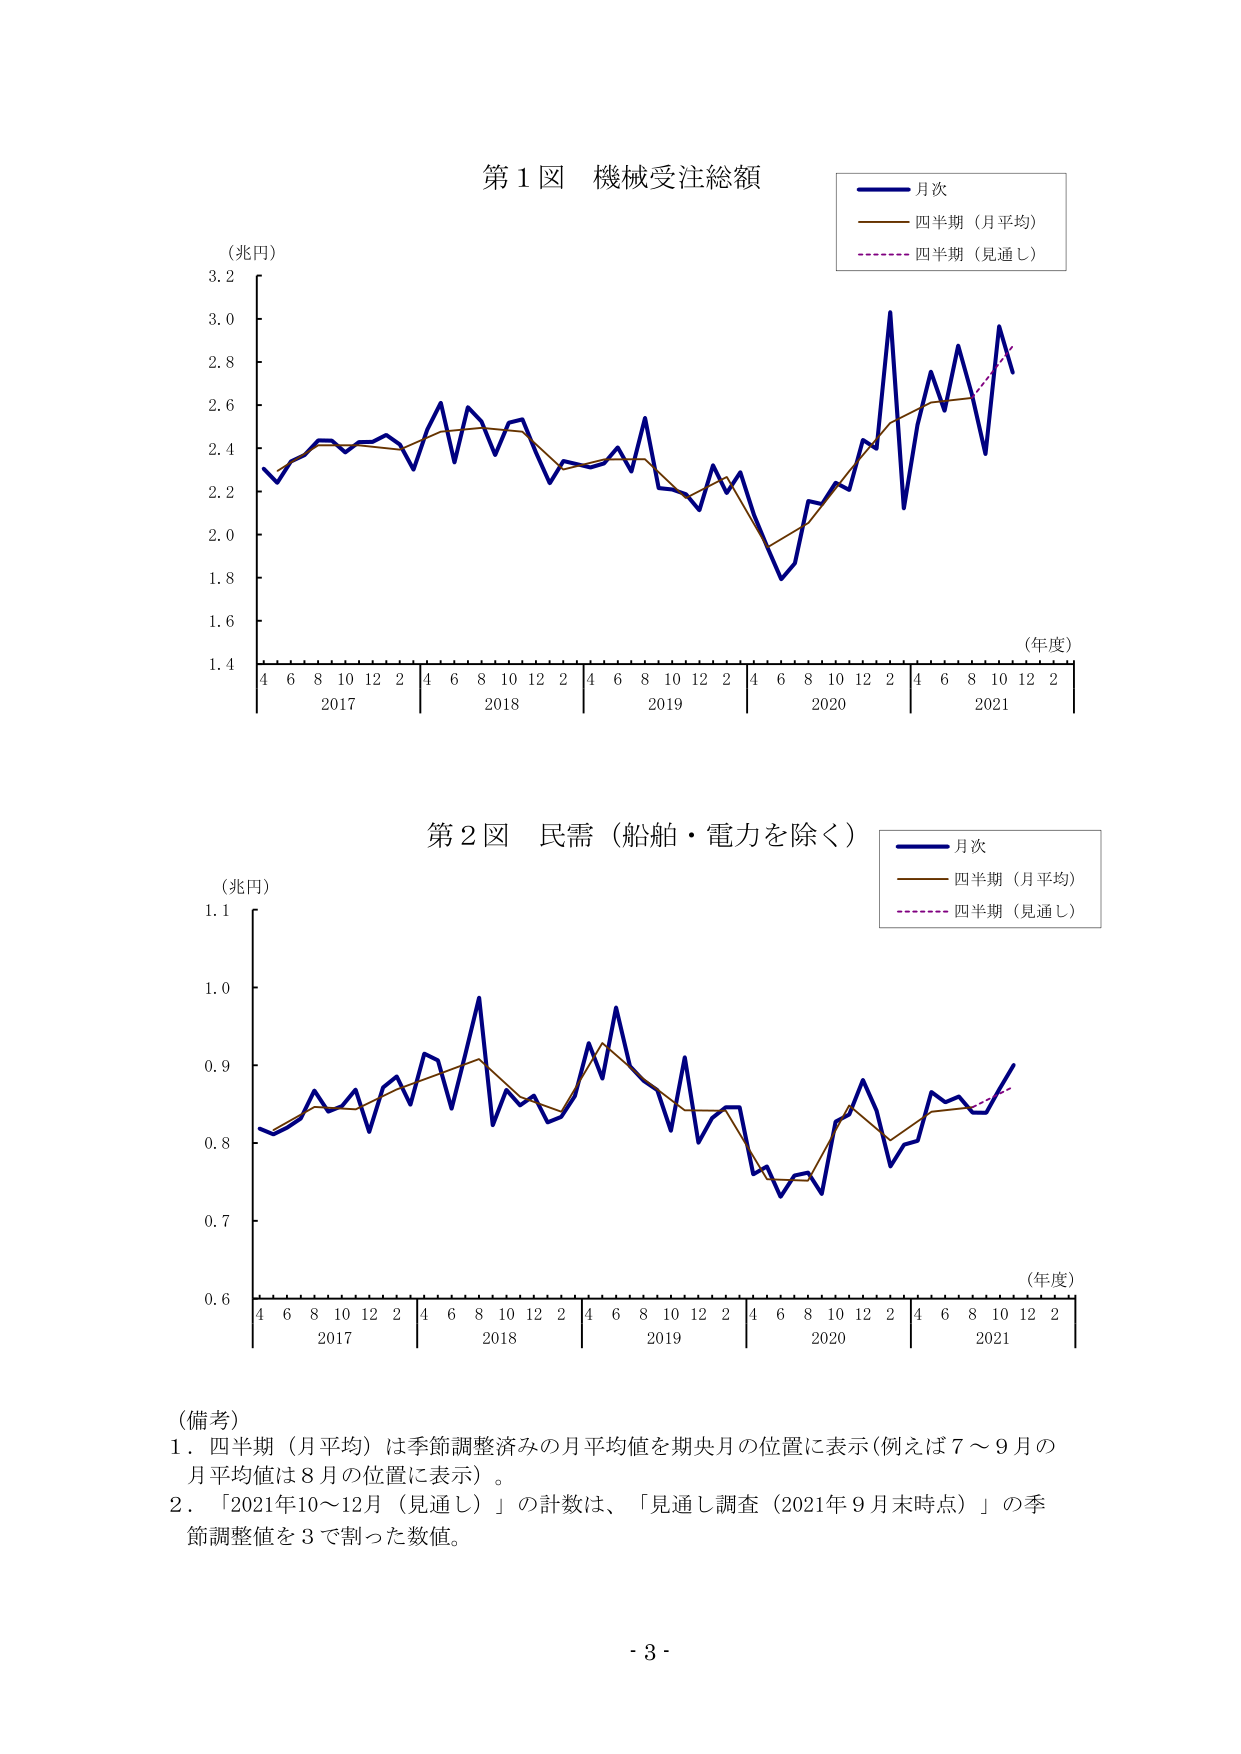
第１図 機械受注総額
（兆円）
3.2
3.0
2.8
2.6
2.4
2.2
2.0
1.8
1.6
1.4
4 6 8 10 12 2 4 6 8 10 12 2 4 6 8 10 12 2 4 6 8 10 12 2 4 6 8 10 12 2
2017 2018 2019 2020 2021
（年度）
月次
四半期（月平均）
四半期（見通し）

第２図 民需（船舶・電力を除く）
（兆円）
1.1
1.0
0.9
0.8
0.7
0.6
4 6 8 10 12 2 4 6 8 10 12 2 4 6 8 10 12 2 4 6 8 10 12 2 4 6 8 10 12 2
2017 2018 2019 2020 2021
（年度）
月次
四半期（月平均）
四半期（見通し）

（備考）
１．四半期（月平均）は季節調整済みの月平均値を期央月の位置に表示（例えば７～９月の月平均値は８月の位置に表示）。
２．「2021年10～12月（見通し）」の計数は、「見通し調査（2021年９月末時点）」の季節調整値を３で割った数値。

- 3 -